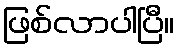
ဖြစ်လာပါပြီ။